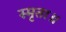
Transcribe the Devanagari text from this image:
स्मृता॥